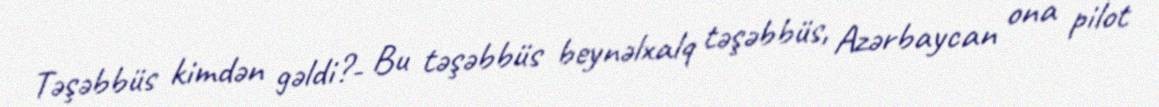
Təşəbbüs kimdən gəldi?- Bu təşəbbüs beynəlxalq təşəbbüs, Azərbaycan ona pilot